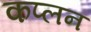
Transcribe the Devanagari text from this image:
कप्लन